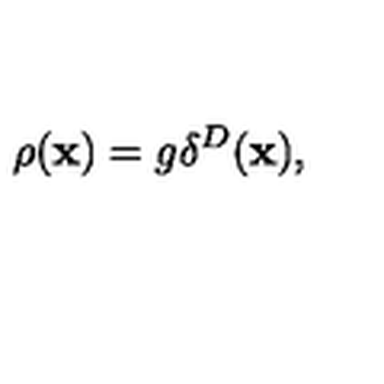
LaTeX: \rho ( { \bf x } ) = g \delta ^ { D } ( { \bf x } ) ,